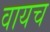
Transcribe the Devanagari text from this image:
वायच